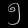
Digit: ၅